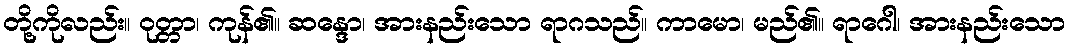
တို့ကိုလည်း။ ဝုတ္တာ၊ ကုန်၏။ ဆန္ဒော၊ အားနည်းသော ရာဂသည်။ ကာမော၊ မည်၏။ ရာဂေါ၊ အားနည်းသော